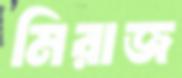
মিরাজ